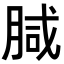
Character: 𭨺